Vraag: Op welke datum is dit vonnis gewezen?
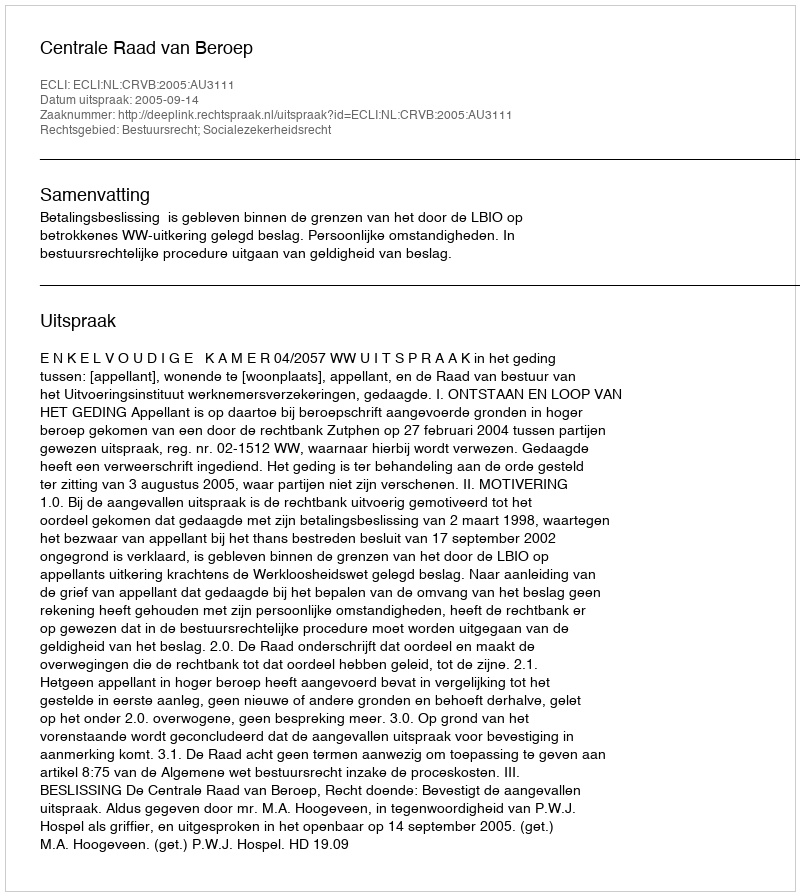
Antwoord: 2005-09-14